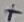
Text: +